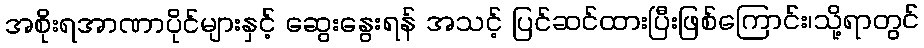
အစိုးရအာဏာပိုင်များနှင့် ဆွေးနွေးရန် အသင့် ပြင်ဆင်ထားပြီးဖြစ်ကြောင်း၊သို့ရာတွင်